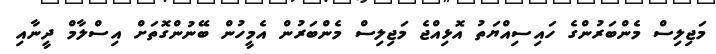
މަޖިލިސް މެންބަރުންގެ ހައިސިއްޔަތު އޮޅިއްޖެ މަޖިލިސް މެންބަރުން އެމީހުން ބޭނުންގޮތަށް އިސްލާމް ދީނާއި